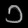
Digit: ၁